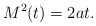
\begin{align*}M^2(t)=2a t.\end{align*}